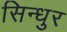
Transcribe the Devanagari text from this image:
सिन्‍धुर